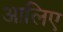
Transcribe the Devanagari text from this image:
आलिए